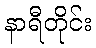
နာရီတိုင်း